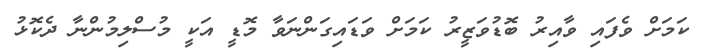
ކަމަށް ވެފަައި ވާއިރު ބޮޑުވަޒީރު ކަމަށް ވަޑައިގަންނަވާ މޮޑީ އަކީ މުސްލިމުންނާ ދެކޮޅު